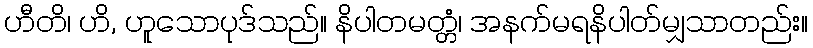
ဟီတိ၊ ဟိ, ဟူသောပုဒ်သည်။ နိပါတမတ္တံ၊ အနက်မရနိပါတ်မျှသာတည်း။